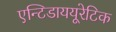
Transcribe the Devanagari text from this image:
एन्टिडाययूरेटिक